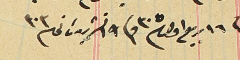
فى ١٦ ربيع اول ٣٠٥ وفى ١٩ تشرين ثانى ٣٠٣